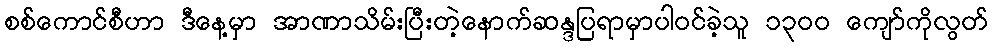
စစ်ကောင်စီဟာ ဒီနေ့မှာ အာဏာသိမ်းပြီးတဲ့နောက်ဆန္ဒပြရာမှာပါဝင်ခဲ့သူ ၁၃ဝဝ ကျော်ကိုလွတ်